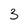
Character: 3